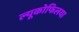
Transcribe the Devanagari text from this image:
ल्यूकोफिलया